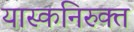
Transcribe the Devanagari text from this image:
यास्कनिरुक्त